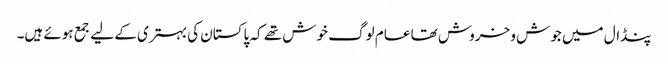
پنڈال میں جوش و خروش تھا عام لوگ خوش تھے کہ پاکستان کی بہتری کے لیے جمع ہوئے ہیں۔